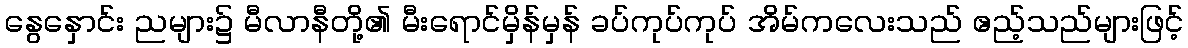
နွေနှောင်း ညများ၌ မီလာနီတို့၏ မီးရောင်မှိန်မှန် ခပ်ကုပ်ကုပ် အိမ်ကလေးသည် ဧည့်သည်များဖြင့်